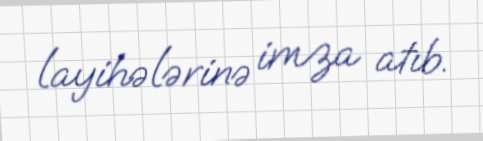
layihələrinə imza atıb.